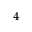
^ 4